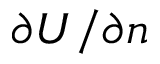
\partial U / \partial n